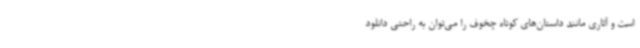
است و آثاری مانند داستان‌های کوتاه چخوف را می‌توان به راحتی دانلود